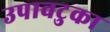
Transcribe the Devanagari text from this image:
उपावटुका